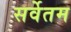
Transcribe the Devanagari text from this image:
सर्वेतम